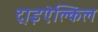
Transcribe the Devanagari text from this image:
ट्राइऐल्किल